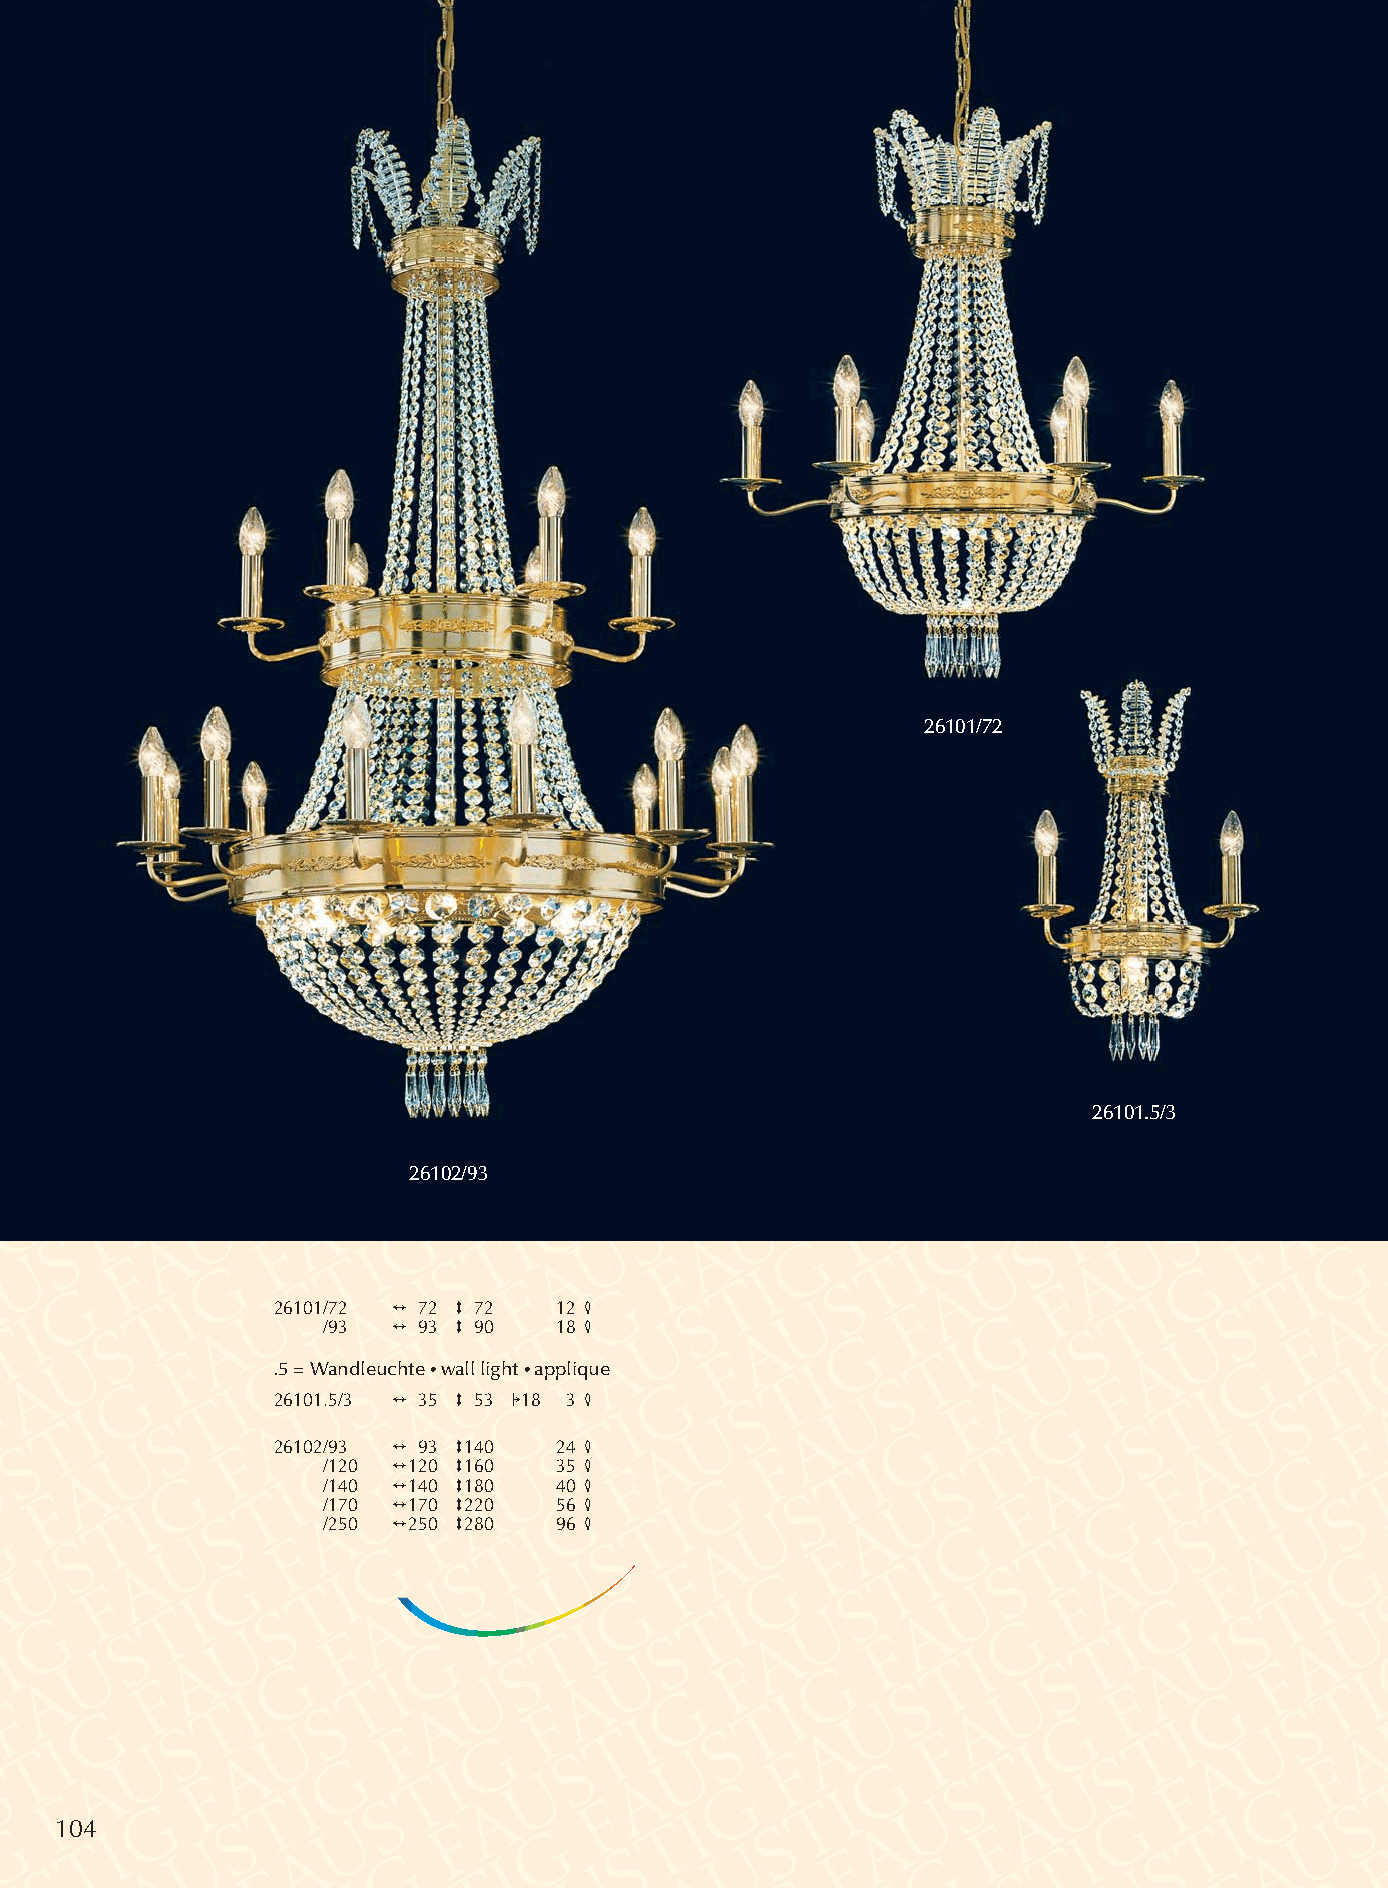
26101/72
 26101.5/3
 26102/93
 26101/72 2 72 3 72 12 4
 /93  2 93 3 90  18 4
 .5 = Wandleuchte •wall light •applique
 26101.5/3 2 35 3 53 118 3 4
 26102/93 2 93 3140 24 4
 /120 2120 3160  35 4
 /140 2140 3180  40 4
 /170 2170 3220  56 4
 /250 2250 3280  96 4
 104